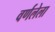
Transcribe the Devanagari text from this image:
वर्णलेला